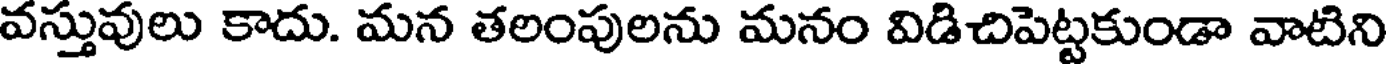
వస్తువులు కాదు. మన తలంపులను మనం విడిచిపెట్టకుండా వాటిని